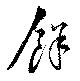
余